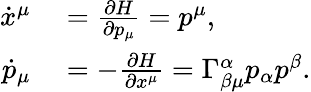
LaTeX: \begin{array}{rl}{\dot{x}^{\mu}}&{{}=\frac{\partial H}{\partial p_{\mu}}=p^{\mu},}\\ {\dot{p}_{\mu}}&{{}=-\frac{\partial H}{\partial x^{\mu}}=\Gamma_{\beta\mu}^{\alpha}p_{\alpha}p^{\beta}.}\end{array}